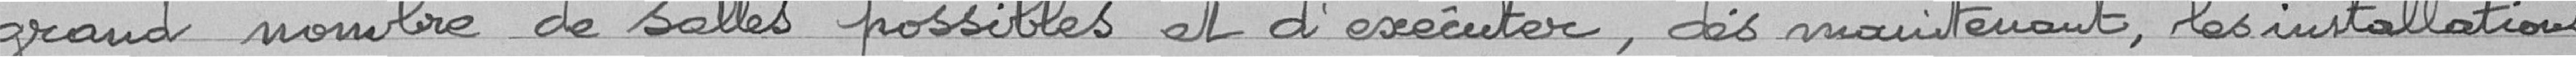
grand nombre de salles possibles et d'exécuter, dés maintenant, les installations